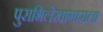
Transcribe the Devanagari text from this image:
पुराभिलेखागाराला